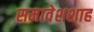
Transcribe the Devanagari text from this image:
समावेशशाह